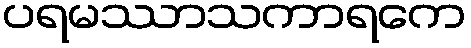
ပရမဿာသကာရကေ